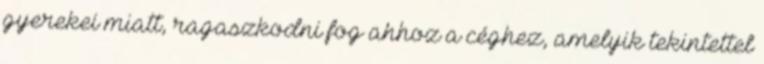
gyerekei miatt, ragaszkodni fog ahhoz a céghez, amelyik tekintettel